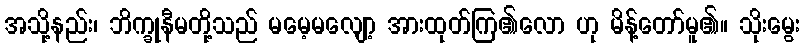
အသို့နည်း၊ ဘိက္ခုနီမတို့သည် မမေ့မလျော့ အားထုတ်ကြ၏လော ဟု မိန့်တော်မူ၏။ သိုးမွေး